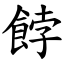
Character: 餑